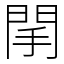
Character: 䦐